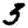
Digit: 3